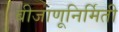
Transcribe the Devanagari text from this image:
बीजाणूनिर्मिती